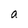
Character: a